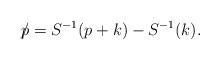
\begin{align*}\hbox{$p\mkern-8mu/\mkern 0mu$}=S^{-1}(p+k)-S^{-1}(k).\end{align*}